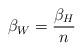
LaTeX: \begin{align*}\beta_W = \frac{\beta_H}{n}\end{align*}